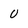
Character: U